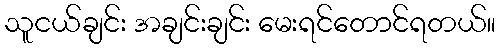
သူငယ်ချင်း အချင်းချင်း မေးရင်တောင်ရတယ်။